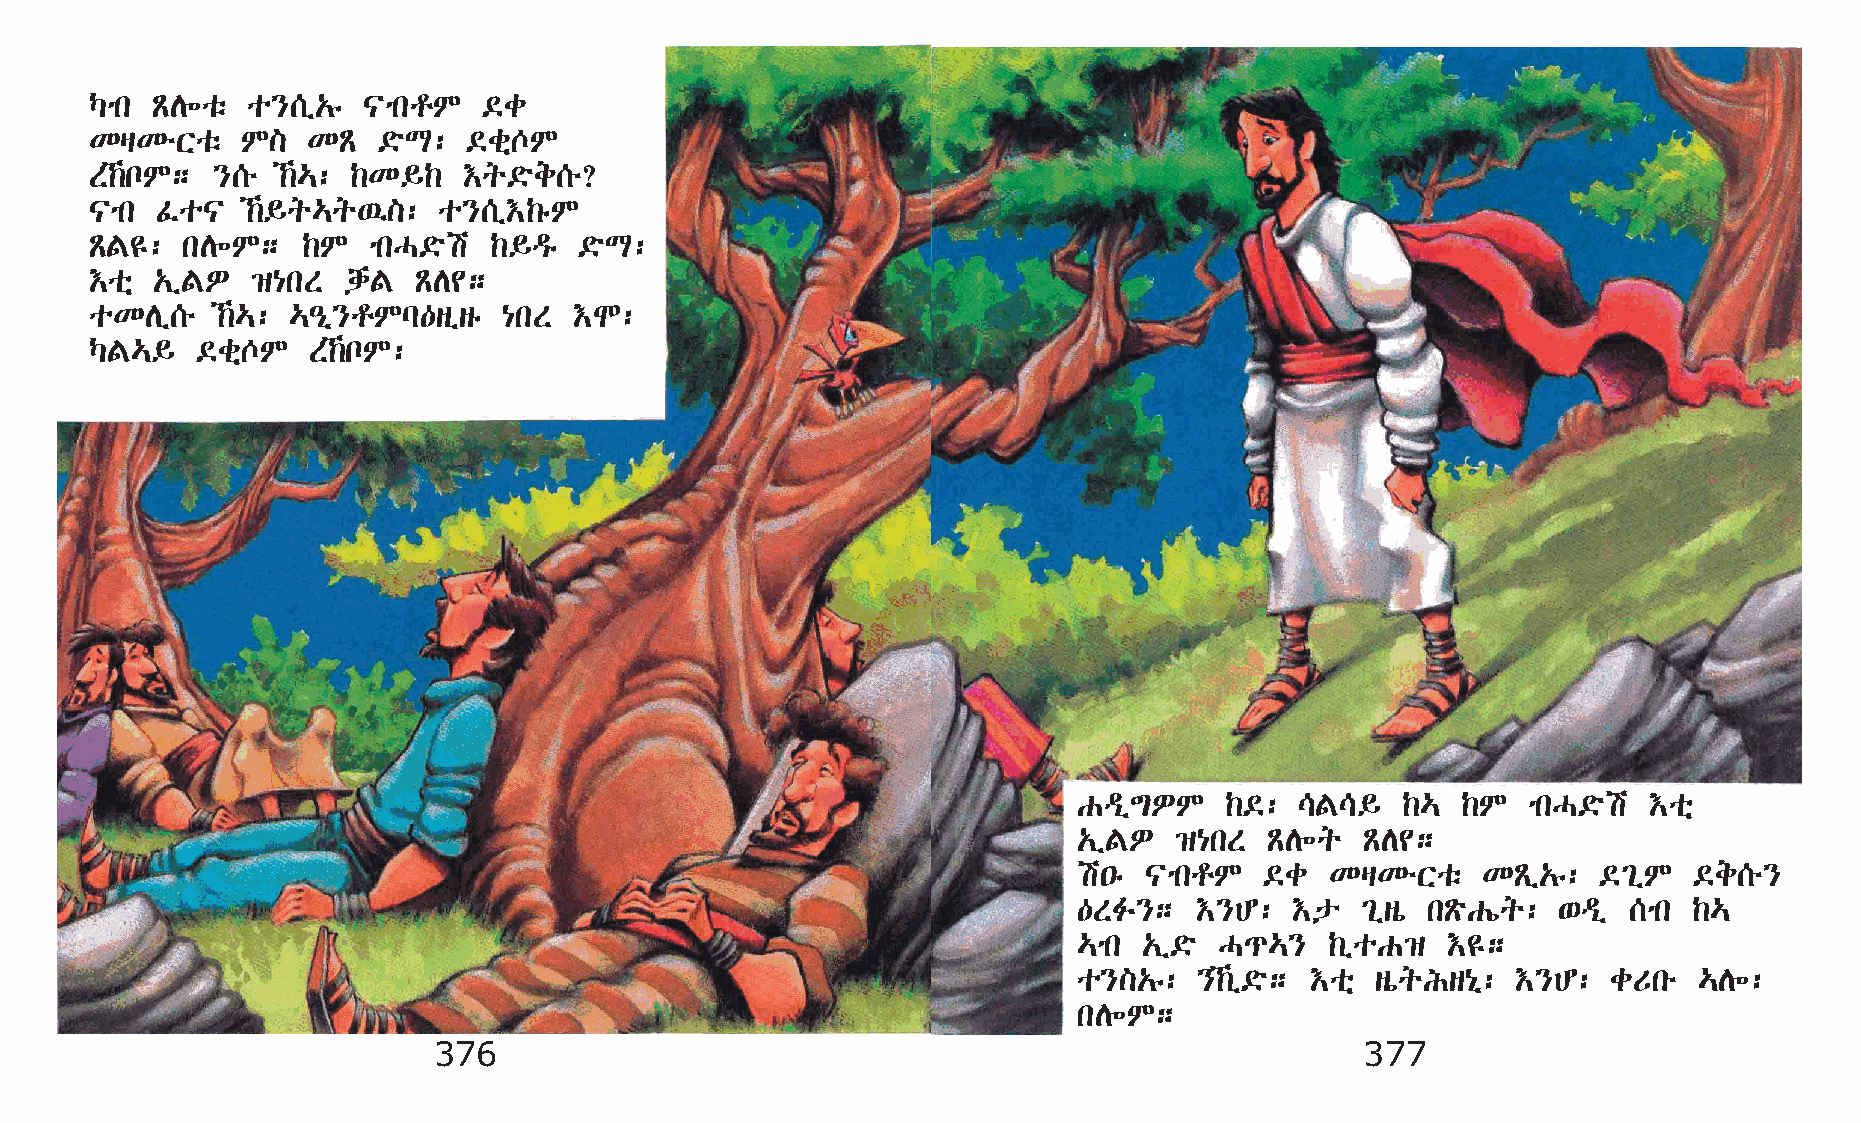
Šmk ÃD÷oë o}[ï„ê  |mkrM   ©c
 KšKéXoë   M]  KÃ   ©öL:  ©cñ^M
 S‰nM;  }[é ‰…: ‰K§‰    †q©öe[é?
 |mk Êo|   ‰§q…q’]:    o}[ï†‰êM
 ÃF£:  kD÷M;   ‰M  mkH©öa  ‰§ªê  ©öL:
 †oñ „ïFÈ   ›{kS  dhF ÃD¢;
 oKDï[é  ‰…: …–ð}rMl—sïsê  {kS  †N:
 ŠF…§   ©cñ^M  S‰nM:
 Gªï´ÈM    ‰©:  \F\§   ‰…  ‰M  mkH©öa  †oñ
 „ïFÈ   ›{kS  ÃD÷q  ÃD¢;
 a•ê  |mkrM   ©c  KšKéXoë   KÃï„ê:  ©²ïM  ©e[é}
 —SË};   †}C:   †p  ²ïsò kÃöGíq: ‘ªï  [mk ‰…
 …mk  „ï©ö H¹…}   ‰ïoG›   †£;
 o}]„ê:  }‰ï©ö; †oñ sòqIs{ð: †}C:   cUké …D÷:
 kD÷M;
 376                                                          377